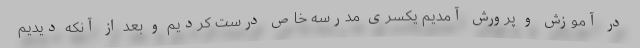
در آموزش و پرورش آمدیم یکسری مدرسه خاص درست کردیم و بعد از آنکه دیدیم